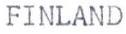
FINLAND